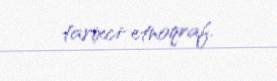
tarixci-etnoqraf.